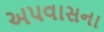
અપવાસના